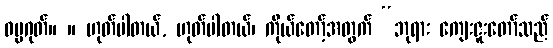
ဓမ္မဂုတ်။ ။ ဟုတ်ပါတယ်, ဟုတ်ပါတယ်၊ ကိုယ်တော့်အတွက် “ဘုရား ကျေးဇူးတော်သည်